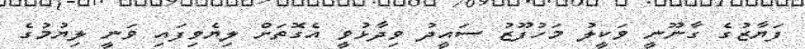
ފަޔާޒުގެ ގާނޫނީ ވަކީލު މަހުފޫޒު ސައީދު ވިދާޅުވީ އެގޮތަށް ލިޔެވިފައި ވަނީ ލިޔުމުގެ